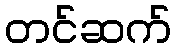
တင်ဆက်